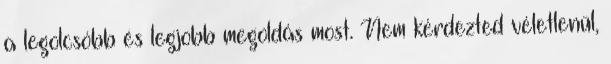
a legolcsóbb és legjobb megoldás most. Nem kérdezted véletlenül,